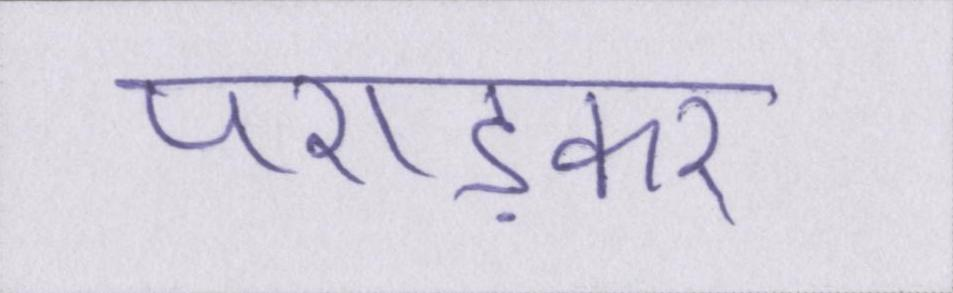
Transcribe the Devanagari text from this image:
पराड़कर